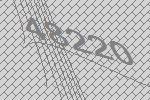
48220